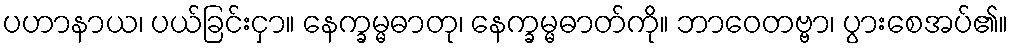
ပဟာနာယ၊ ပယ်ခြင်းငှာ။ နေက္ခမ္မဓာတု၊ နေက္ခမ္မဓာတ်ကို။ ဘာဝေတဗ္ဗာ၊ ပွားစေအပ်၏။